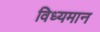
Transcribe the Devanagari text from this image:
विध्‍यमान